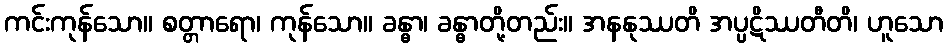
ကင်းကုန်သော။ စတ္တာရော၊ ကုန်သော။ ခန္ဓာ၊ ခန္ဓာတို့တည်း။ အနနုဿတိ အပ္ပဋိဿတီတိ၊ ဟူသော